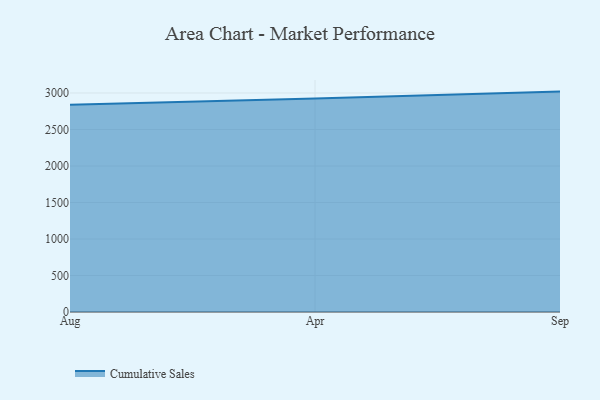
{"axis": {"x": "Month", "y": "Churn Rate (%)"}, "legend": ["Cumulative Sales"], "data": [{"x": "Aug", "y": 2839.3, "type": "Cumulative Sales"}, {"x": "Apr", "y": 2923.9, "type": "Cumulative Sales"}, {"x": "Sep", "y": 3019.1, "type": "Cumulative Sales"}]}